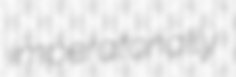
imperatorially